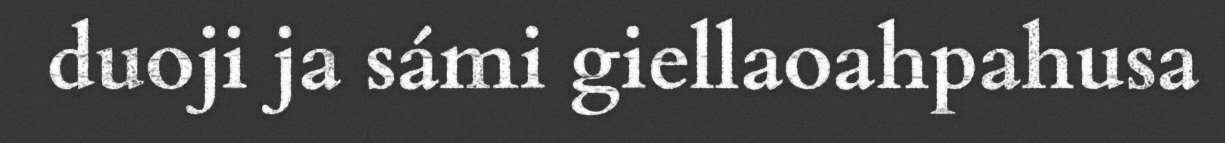
duoji ja sámi giellaoahpahusa